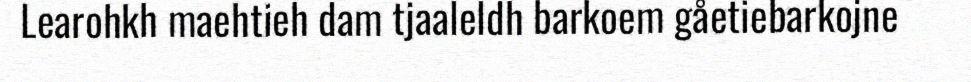
Learohkh maehtieh dam tjaaleldh barkoem gåetiebarkojne